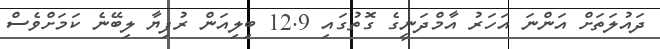
ދައުލަތަށް އަންނަ އަހަރު އާމްދަނީގެ ގޮތުގައި 12.9 ބިލިއަން ރުފިޔާ ލިބޭނެ ކަމަށްވެސް